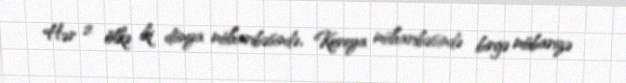
Hər 2 ölkə iki dünya müharibəsində, Koreya müharibəsində birgə mübarizə